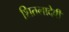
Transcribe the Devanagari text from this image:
शितलादेवी